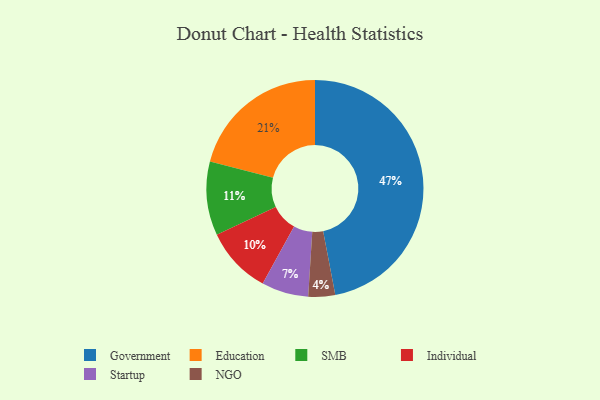
{"axis": {"x": "Category", "y": "Percentage"}, "legend": ["Education", "Government", "Individual", "NGO", "SMB", "Startup"], "data": [{"x": "NGO", "y": 4, "type": "NGO"}, {"x": "SMB", "y": 11, "type": "SMB"}, {"x": "Education", "y": 21, "type": "Education"}, {"x": "Government", "y": 47, "type": "Government"}, {"x": "Individual", "y": 10, "type": "Individual"}, {"x": "Startup", "y": 7, "type": "Startup"}]}